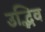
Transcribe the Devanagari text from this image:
उद्भिव